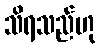
သိရသည်ဟု